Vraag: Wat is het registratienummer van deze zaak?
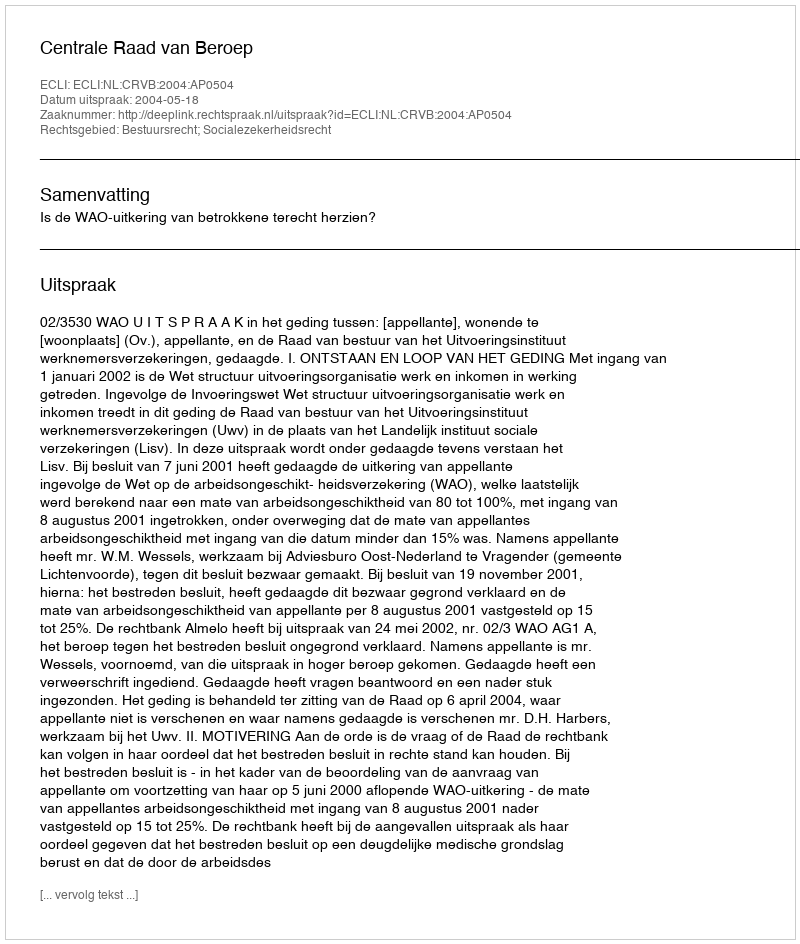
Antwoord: http://deeplink.rechtspraak.nl/uitspraak?id=ECLI:NL:CRVB:2004:AP0504